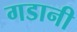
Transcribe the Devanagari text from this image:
गडानी